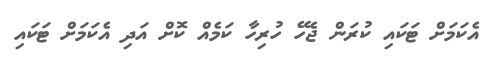
އެކަމަށް ޓަކައި ކުރަން ޖެހޭ ހުރިހާ ކަމެއް ކޮށް އަދި އެކަމަށް ޓަކައި